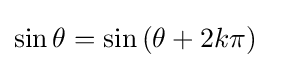
\sin \theta =\sin \left(\theta +2k\pi \right)\quad